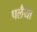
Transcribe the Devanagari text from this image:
पलैया